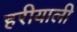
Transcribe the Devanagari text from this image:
हरीयाली